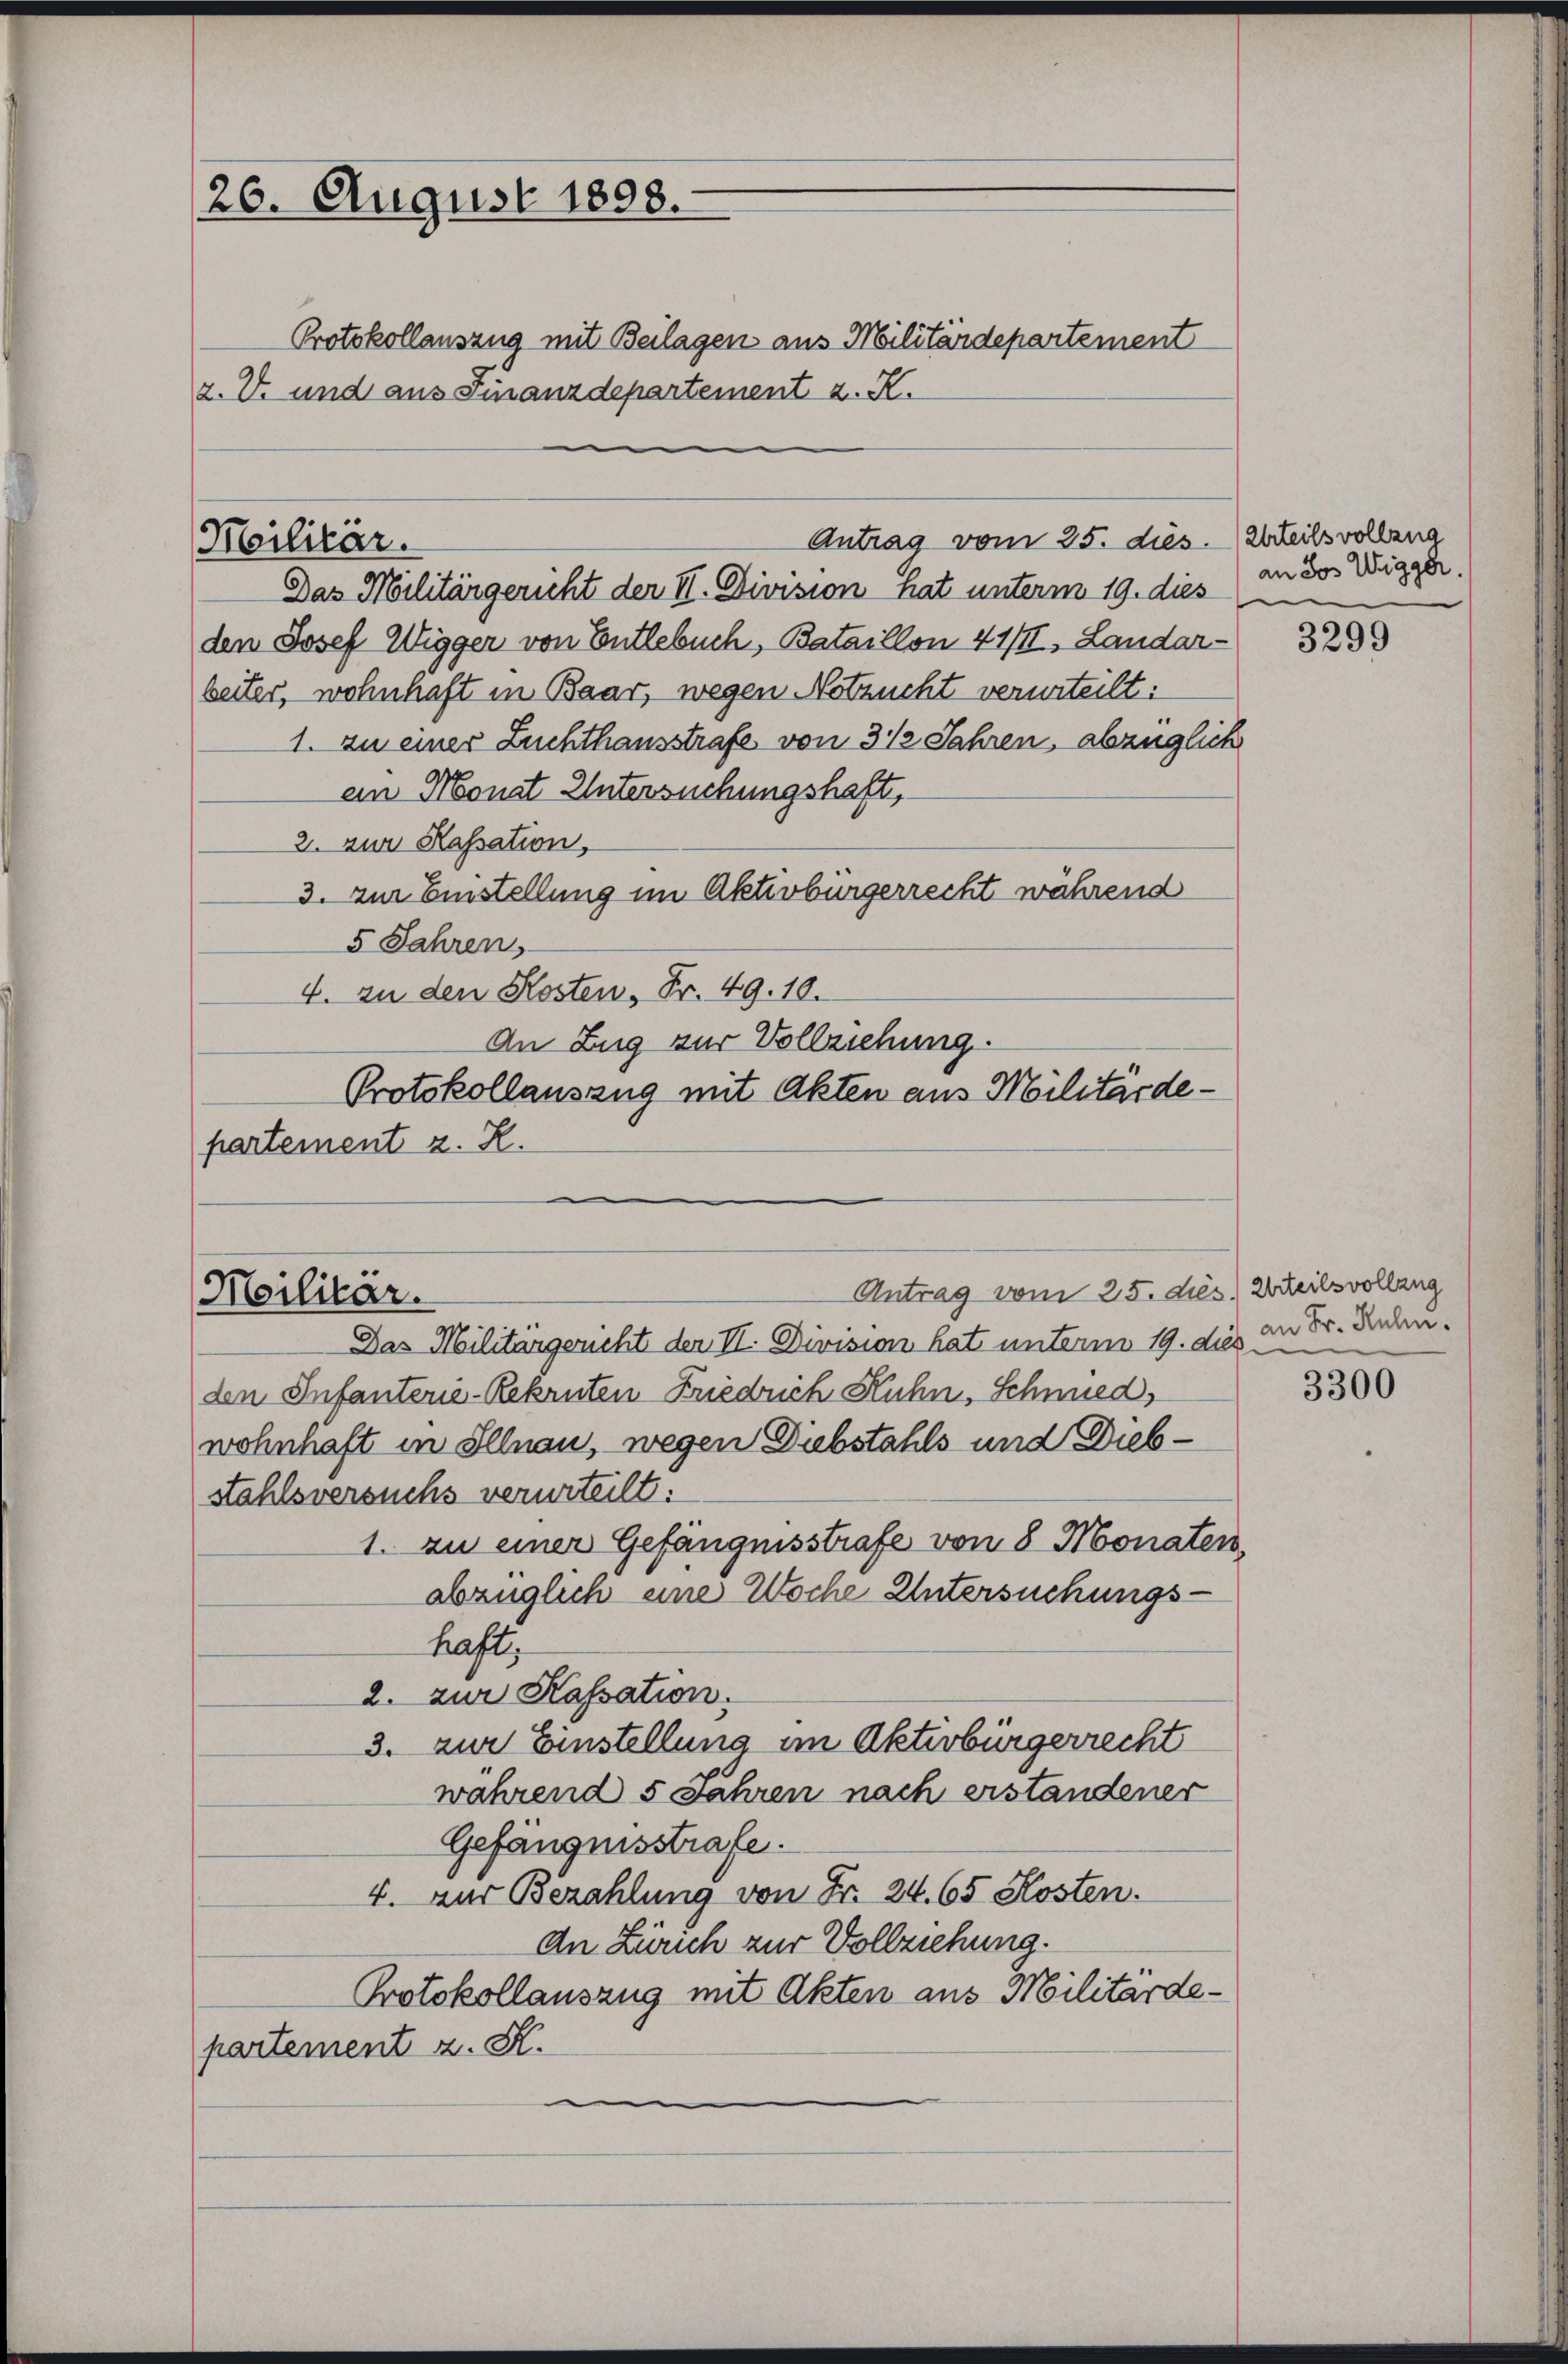
26. August 1898.

Antrag vom 25. dies. Urteils vollzug
Militär.
Das Militärgericht der II. Division hat unterm 19. dies

Militär.

Protokollauszug mit Beilagen aus Militärdepartement
z. V. und aus Finanzdepartement z. R.

den Josef Wigger von Entlebuch, Bataillon 41/II, Landar-
beiter, wohnhaft in Baar, wegen Notzucht verurteilt:
1. zu einer Zuchthausstrafe von 3 ½ Jahren, abzüglich
ein Monat Untersuchungshaft,
2. zur Kassation,
3. zur Einstellung im Aktivbürgerrecht während
5 Jahren,
4. zu den Kosten, Fr. 49. 10.
An Zug zur Vollziehung.
Protokollauszug mit Akten aus Militärdepartement z. R.

Antrag vom 25. dies Urteilsvollzug
Das Militärgericht der II. Division hat unterm 19. dies an Sr. Kebeden Infanterie-Rekruten Friedrich Kuhn, Schmied,
wohnhaft in Illnau, wegen Diebstahls und Diebstahlsversuchs verurteilt:
1. zu einer Gefängnisstrafe von 8 Monaten,
abzüglich eine Woche Untersuchungshaft,
2. zur Kassation.
3. zur Einstellung im Aktivbürgerrecht
während 5 Jahren nach erstandener
Gefängnisstrafe.
4. Zur Bezahlung von Fr. 24. 65 Kosten.
An Zürich zur Vollziehung.
Protokollauszug mit Akten aus Militärdepartement z. K.

an Jos Wigger.
e

3299

3300